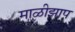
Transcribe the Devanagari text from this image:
माळीझाप